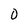
Character: 0